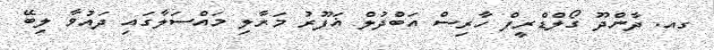
ގއ. ދާންދޫ ގޯލްްޑްރީފް ހާރިސް އަބްދުލް ޣަފޫރު މަރާލި މައްސަލާގައި ދައުވާ ލިބޭ